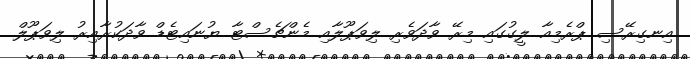
އިނގިރޭސި ޕްރެމިއާ ލީގުގައި މިރޭ ވާދަވެރި ލިވަޕޫލާއި މެންޗެސްޓާ ޔުނައިޓެޑް ވާދަކުރާއިރު ލިވަޕޫލް